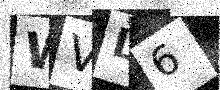
Text: WVL6